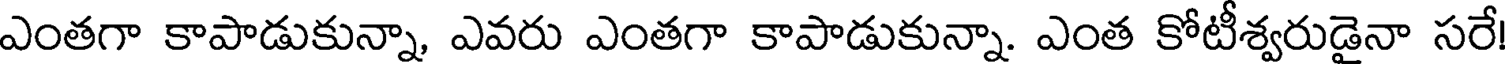
ఎంతగా కాపాడుకున్నా, ఎవరు ఎంతగా కాపాడుకున్నా. ఎంత కోటీశ్వరుడైనా సరే